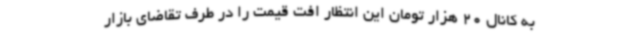
به کانال 20 هزار تومان این انتظار افت قیمت را در طرف تقاضای بازار